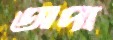
অপা